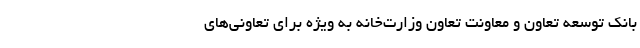
بانک توسعه تعاون و معاونت تعاون وزارت‌خانه به ویژه برای تعاونی‌های